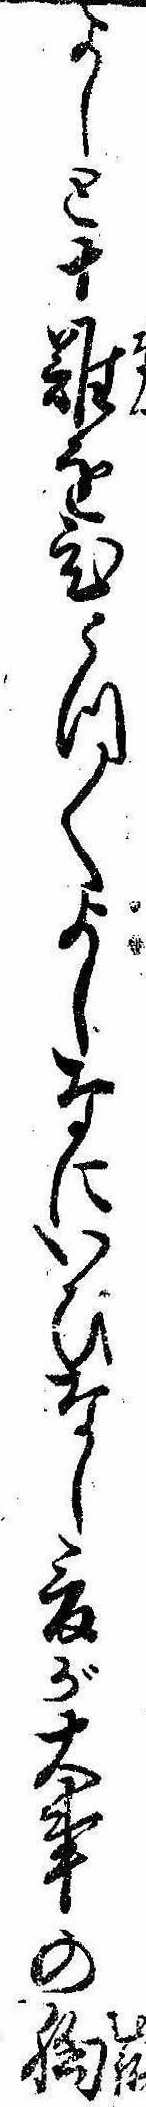
よしと十難をひとつ〱よしなにいひなし爰が大事の胸